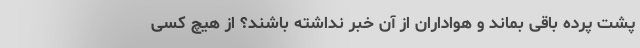
پشت پرده باقی بماند و هواداران از آن خبر نداشته باشند؟ از هیچ کسی